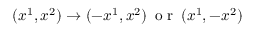
( x ^ { 1 } , x ^ { 2 } ) \rightarrow ( - x ^ { 1 } , x ^ { 2 } ) \, \mathrm { ~ o ~ r ~ } \, ( x ^ { 1 } , - x ^ { 2 } )